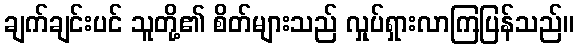
ချက်ချင်းပင် သူတို့၏ စိတ်များသည် လှုပ်ရှားလာကြပြန်သည်။